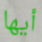
أيها